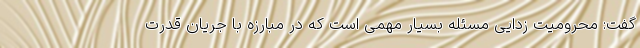
گفت: محرومیت زدایی مسئله بسیار مهمی است که در مبارزه با جریان قدرت